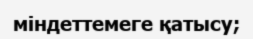
міндеттемеге қатысу;